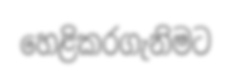
හෙළිකරගැනිමට